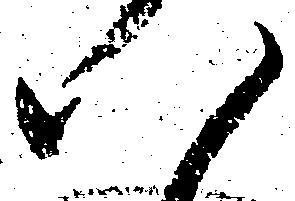
八